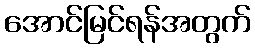
အောင်မြင်ရန်အတွက်